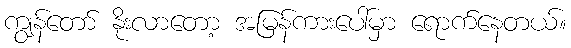
ကျွန်တော် နိုးလာတော့ အမြန်ကားပေါ်မှာ ရောက်နေတယ်။